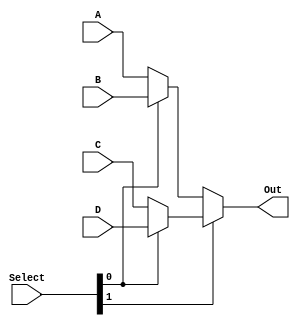
module Mux(A, B, C, D, Select, Out);

input [7:0] A, B, C, D;
input [1:0] Select;
output[7:0] Out;
reg [7:0] rOut;

//Whenever our select changes, our output changes as well
always @(Select)
begin

//If the MSB is a zero
if(Select[1] == 0)
	begin
	
		//The LSB being zero is the zeroth item. Return A. 01 assigns B
		if(Select[0] == 0)
			begin
				 rOut <= A;
			end
		else
			begin
				 rOut <= B;
			end
	end
	
//IF the MSB is 1, asign C for 10 and D for 11
else
	begin
	if(Select[0] == 0)
			begin
				 rOut <= C;
			end
		else
			begin
				 rOut <= D;
			end
	end
end	

//Assign the true output using our temporary output value
assign Out = rOut;


endmodule